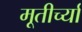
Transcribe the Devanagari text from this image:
मूतीर्च्या